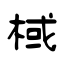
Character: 棫